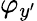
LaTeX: \varphi_{y^{\prime}}